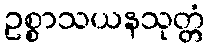
ဥစ္စာသယနသုတ္တံ